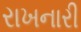
રાખનારી